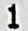
1